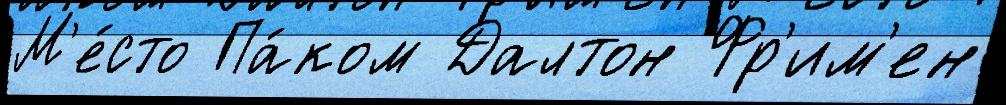
М'е́сто Па́ком Далтон Фр'им'ен